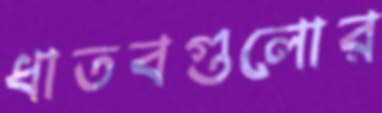
ধাতবগুলোর